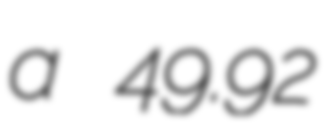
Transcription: a 49.92